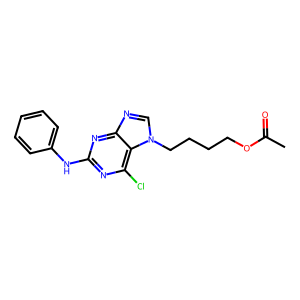
SMILES: CC(=O)OCCCCn1cnc2nc(Nc3ccccc3)nc(Cl)c21
Inhibits HIV replication: No